Cholera in southern India
Disease focus: Cholera
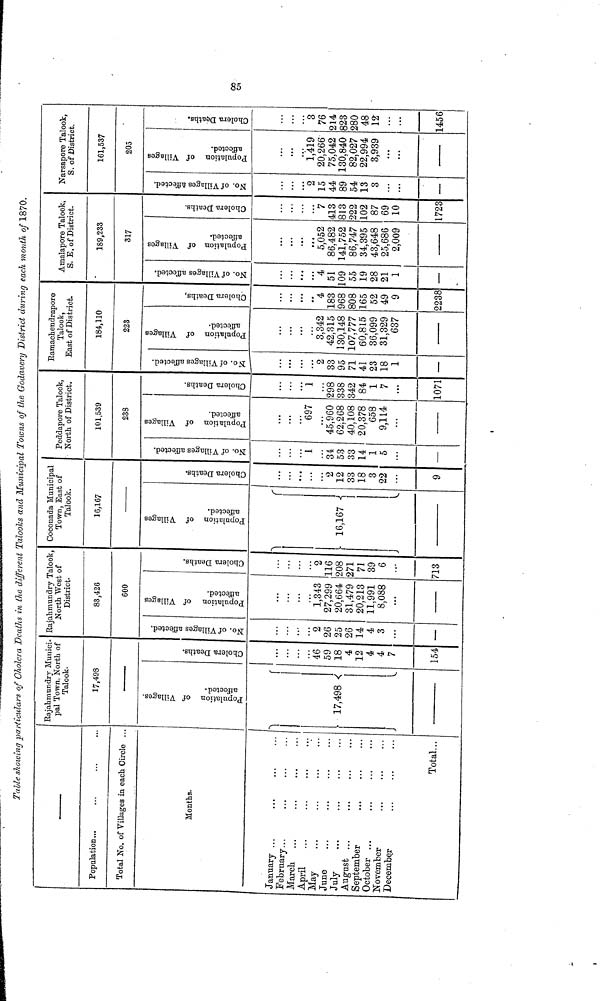
Table showing particulars of Cholera Deaths in the different Talooks and Municipal Towns of the Godavery District during each month of 1870.
-------
Population...
Total No. of Villages in each. Circle ...
Months.
January ...
February...
March ...
...
April
May
June
July
...
August ...
September
October ...
November
December
...
...
...
Total...
Rajahmundry Munici-
pal Town, North of
Talook.
17,493
Population of Villages,
affected-
17,498
46
59
18
4
12
4
4
7
154
Rajahmundry Talook,
North West of
District.
83,426
600
No. of Villages affected,
2
26
25
26
14
4
3
...
—
Population of Villages
affected.
1,343
27,299
20,664
31,479
20,213
11,991
8,088
...
2
116
208
271
71
39
6
713
Coconada Municipal
Town, East of
Talook.
16,167
Population of Villages
affected.
16,167
i
2
12
33
18
3
22
9
Peddapore Talook,
North of District.
101,539
238
No. of Villages affected.
1
34
53
33
14
1
5
—
697
45,960
62,268
40,108
20,378
658
9,114
1
298
338
342
84
1
7
1071
Ramachendrapore
Talook,
East of District.
184,110
223
No. of Villages affected.
2
33
95
71
41
23
18
1
—
3,342
42,315
130,148
107,777
60,815
36,099
31,329
637
4
183
968
808
165
52
49
9
2238
Amalapore Talook,
S. E. of District.
189,233
317
4
51
109
55
19
28
21
1
—
Population of Villages
affected.
5,052
86,482
141,752
86,747
34,395
43,648
25,686
2,009
7
413
813
222
102
87
69
10
1723
Narsapore Talook,
S. of District.
161,537
205
2
15
44
89
54
13
3
...
—
Population of Villages
affected.
1,419
20,266
75,042
130,840
82,027
22,994
3,939
...
...
3
76
214
823
280
48
12:
...
1456